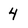
Character: 4